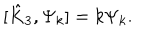
LaTeX: [ \hat { K } _ { 3 } , \Psi _ { k } ] = k \Psi _ { k } .